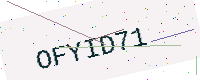
Text: OFYID71